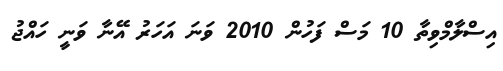
އިސްލާމްވިތާ 10 މަސް ފަހުން 2010 ވަނަ އަހަރު އޭނާ ވަނީ ހައްޖު